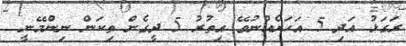
ރަގަޅު އަދި 5 އަހަރެއްނުވޭ އިތުރު 5 ދީގެން ތިކަން ނިންމޭނީ